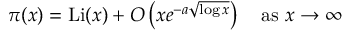
\pi ( x ) = \operatorname { L i } ( x ) + O \left( x e ^ { - a { \sqrt { \log x } } } \right) \quad { \mathrm { a s ~ } } x \to \infty